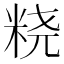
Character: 𱸼